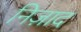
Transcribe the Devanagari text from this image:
निज़ाद